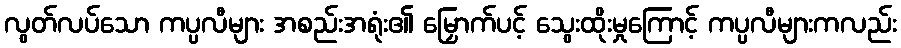
လွတ်လပ်သော ကပ္ပလီများ အစည်းအရုံး၏ မြှောက်ပင့် သွေးထိုးမှုကြောင့် ကပ္ပလီများကလည်း